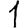
Digit: 1